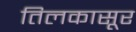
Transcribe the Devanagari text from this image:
तिलकासूर